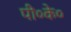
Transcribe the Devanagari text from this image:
पी०के०